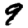
Digit: 9